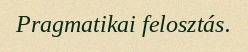
Pragmatikai felosztás.